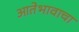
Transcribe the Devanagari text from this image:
आतेभावाचा